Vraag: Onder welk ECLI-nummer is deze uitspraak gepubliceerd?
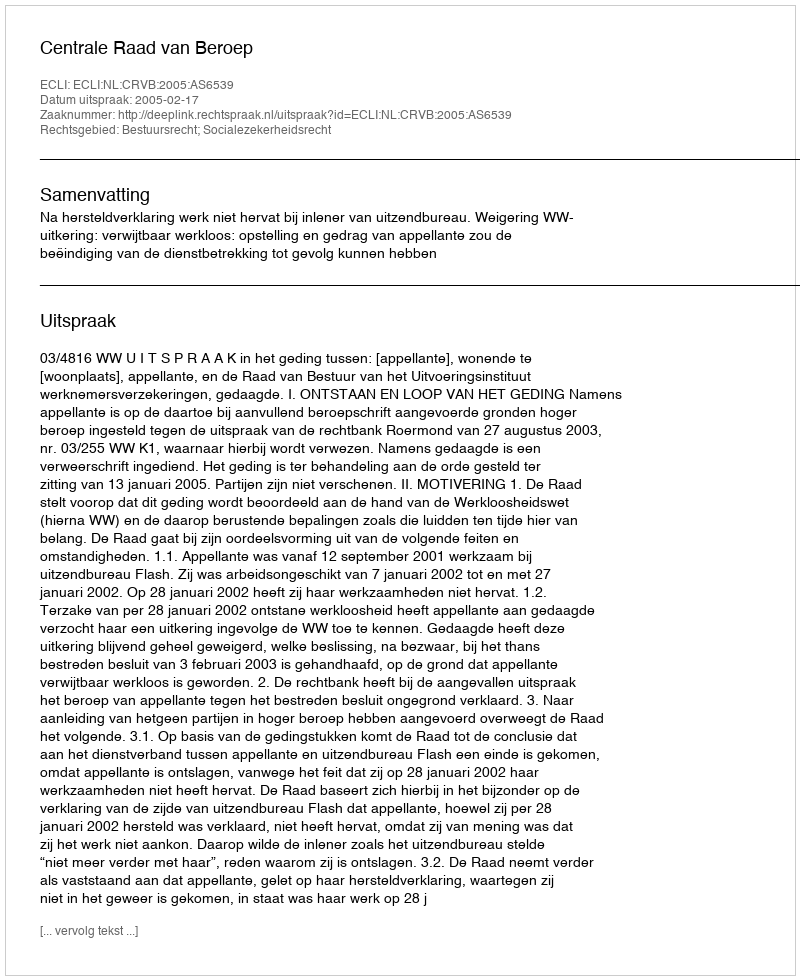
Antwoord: ECLI:NL:CRVB:2005:AS6539